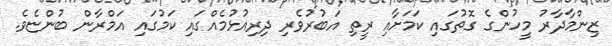
ޒިންމާދާރު މީހުންގެ ގޮތުގައި ކަމަށާއި ރީތި އަބުރުވެރި ދިރިއުޅުމެއްގައި ކަމުގައި އަމްރާން ބުންޏެވެ.